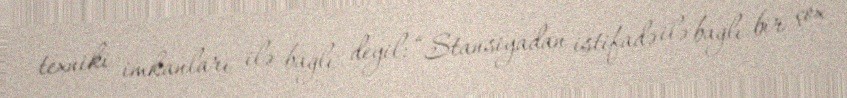
texniki imkanları ilə bağlı deyil: “Stansiyadan istifadə ilə bağlı bir çox